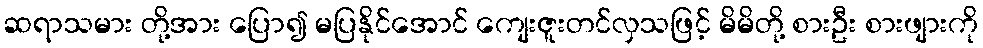
ဆရာသမား တို့အား ပြော၍ မပြနိုင်အောင် ကျေးဇူးတင်လှသဖြင့် မိမိတို့ စားဦး စားဖျားကို